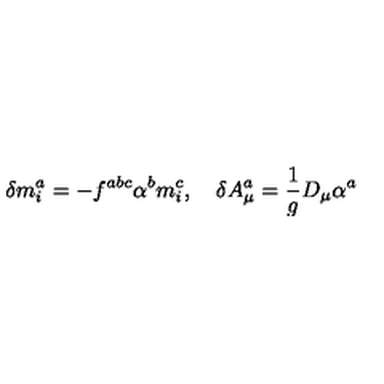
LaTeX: \delta m _ { i } ^ { a } = - f ^ { a b c } \alpha ^ { b } m _ { i } ^ { c } , \quad \delta A _ { \mu } ^ { a } = \frac 1 g D _ { \mu } \alpha ^ { a }